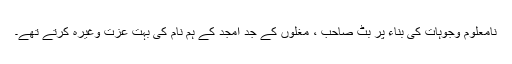
نامعلوم وجوہات کی بناء پر بٹ صاحب ، مغلوں کے جدّ امجد کے ہم نام کی بہت عزت وغیرہ کرتے تھے۔